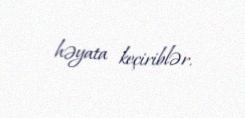
həyata keçiriblər.